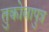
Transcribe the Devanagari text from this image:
तुकोबापुत्र